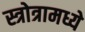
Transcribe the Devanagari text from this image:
स्त्रोत्रामध्ये